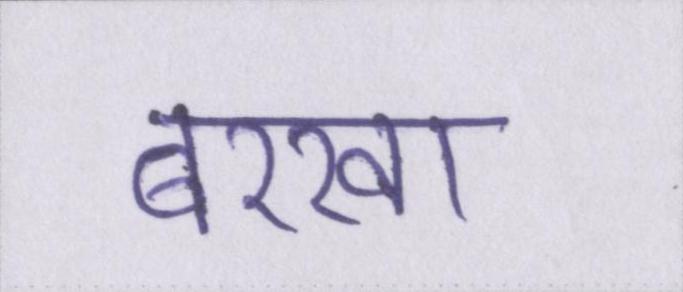
बरखा